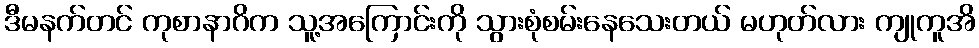
ဒီမနက်တင် ကုစာနာဂိက သူ့အကြောင်းကို သွားစုံစမ်းနေသေးတယ် မဟုတ်လား ကျုကူအိ